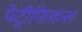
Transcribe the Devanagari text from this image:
पेट्रीफिकस